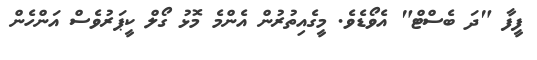
ފީފާ "ދަ ބެސްޓް" އެވޯޑެވެ. މީގެއިތުރުން އެންމެ މޮޅު ގޯލް ކީޕަރުވެސް އަންހެން